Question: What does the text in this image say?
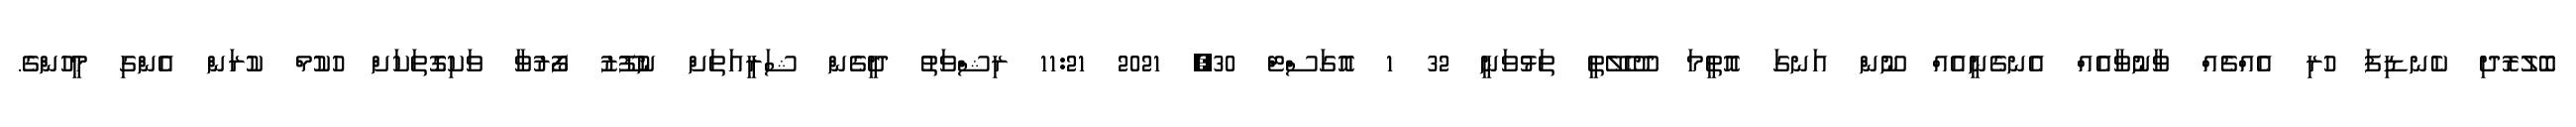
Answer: ބޮލުރޮދި ކެނޑިފަ ހުރި އެއްޗެއް ވާނުވާއެއް އެނގެނީއެއް ނޫން އަނގަ އޮތީމަ ދޫހެލޭތީ ތަޅުވަނީ 32 1 އޮގަސްޓް 30, 2021 11:21 ރިޝްވަތު ދީގެން ޝަރީއަތަށް ނުފޫޒު ފޯރުވާ ވަކިގޮތަކަށް ހުކުމް ކުރަން އެންގި މީހުންގެ.